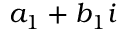
a _ { 1 } + b _ { 1 } i